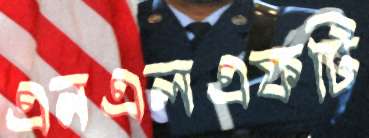
এনএলএফটি